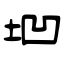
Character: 垇